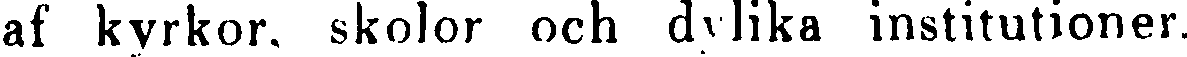
af kyrkor, skolor och dylika institutioner,